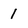
Character: 1